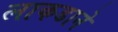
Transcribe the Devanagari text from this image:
लाकडाने